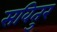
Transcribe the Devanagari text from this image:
सवितुर